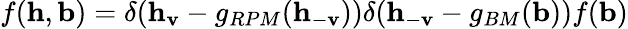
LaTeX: f(\mathbf{h},\mathbf{b})=\delta(\mathbf{h}_{\mathbf{v}}-g_{RPM}(\mathbf{h}_{-\mathbf{v}}))\delta(\mathbf{h}_{-\mathbf{v}}-g_{BM}(\mathbf{b}))f(\mathbf{b})